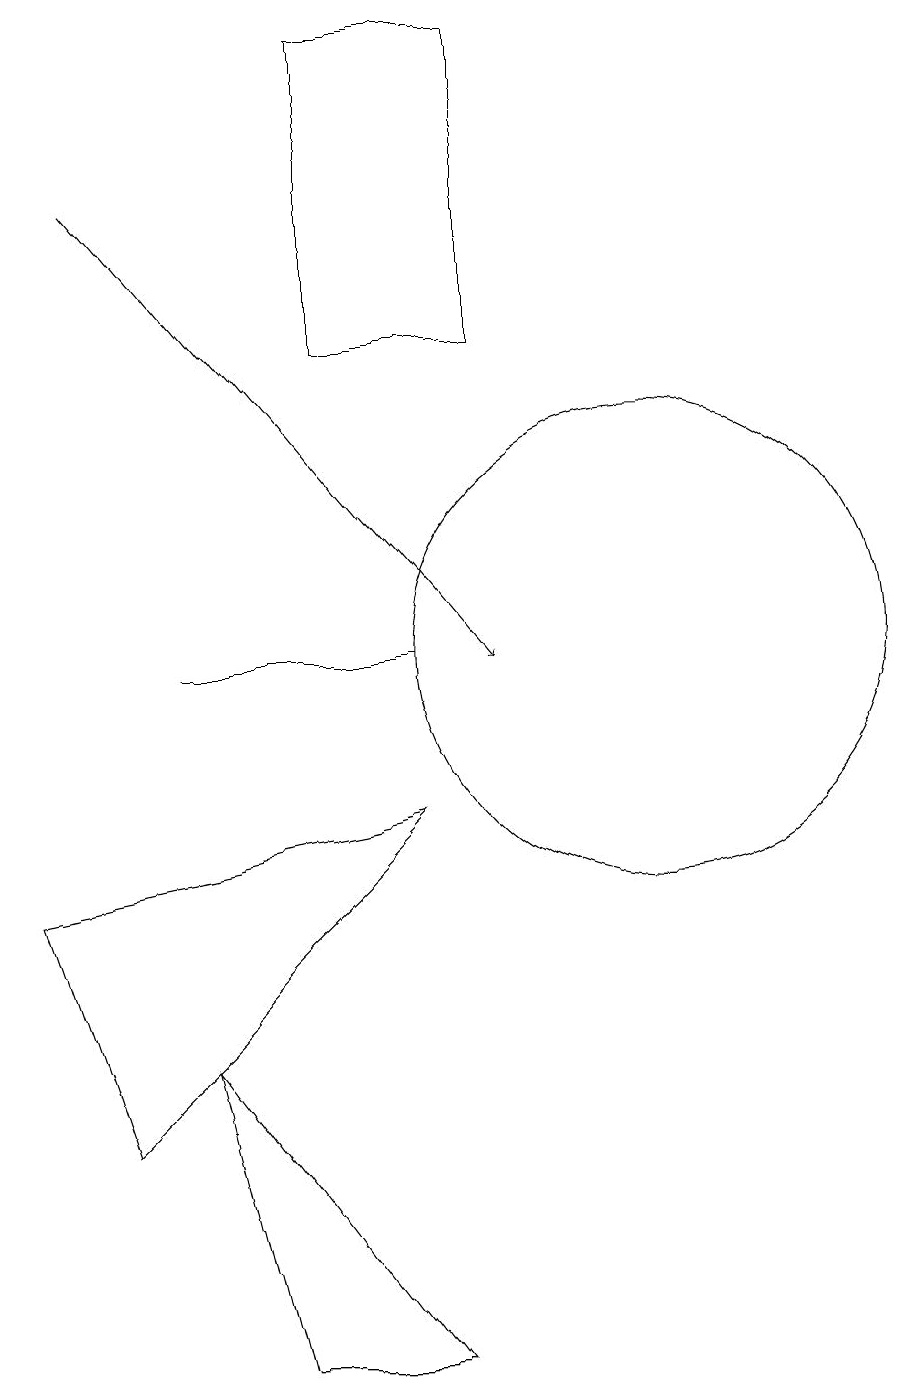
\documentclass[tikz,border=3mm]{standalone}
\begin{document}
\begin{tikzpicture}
\draw (8,8) -- (4,4) -- (3,7) -- cycle;
\draw (6,1) -- (5,5) -- (8,1) -- cycle;
\draw (5,10) rectangle (8,10);
\draw (7,18) rectangle (9,14);
\draw[->] (4,16) -- (9,10);
\draw (11,10) circle (3);
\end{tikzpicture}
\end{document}